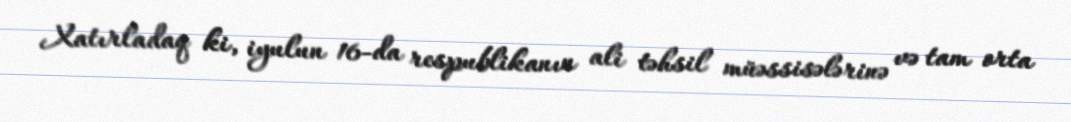
Xatırladaq ki, iyulun 16-da respublikanın ali təhsil müəssisələrinə və tam orta